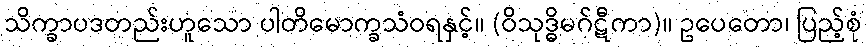
သိက္ခာပဒတည်းဟူသော ပါတိမောက္ခသံဝရနှင့်။ (ဝိသုဒ္ဓိမဂ်ဋီကာ)။ ဥပေတော၊ ပြည့်စုံ